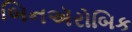
બિનઍરોબિક